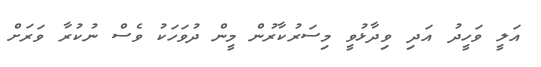
އަލީ ވަހީދު އަދި ވިދާޅުވީ މިސަރުކާރުން މީން ދުވަހަކު ވެސް ނުކުރާ ވަރަށް